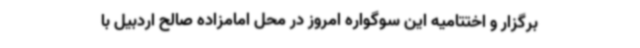
برگزار و اختتامیه این سوگواره امروز در محل امامزاده صالح اردبیل با